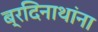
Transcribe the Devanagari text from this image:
ब्रदिनाथांना